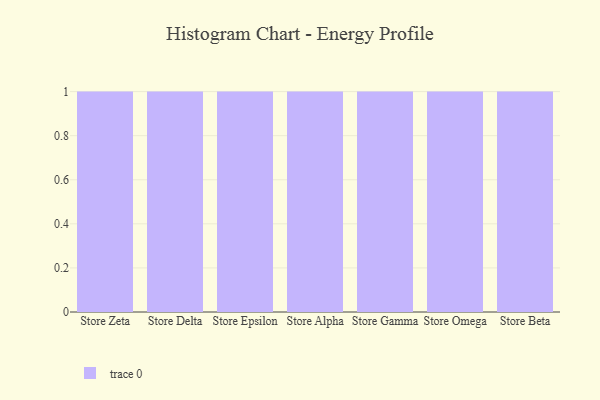
{"axis": {"x": "Store", "y": "Demand Index"}, "legend": [""], "data": [{"x": "Store Zeta", "y": 23, "type": ""}, {"x": "Store Delta", "y": 92, "type": ""}, {"x": "Store Epsilon", "y": 27, "type": ""}, {"x": "Store Alpha", "y": 43, "type": ""}, {"x": "Store Gamma", "y": 17, "type": ""}, {"x": "Store Omega", "y": 6, "type": ""}, {"x": "Store Beta", "y": 30, "type": ""}]}